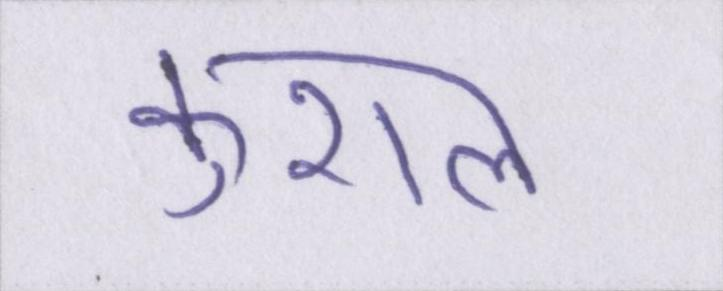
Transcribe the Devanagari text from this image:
कुशल